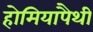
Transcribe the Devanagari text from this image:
होमियापैथी